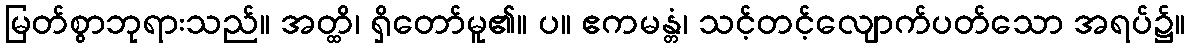
မြတ်စွာဘုရားသည်။ အတ္ထိ၊ ရှိတော်မူ၏။ ပ။ ဧကမန္တံ၊ သင့်တင့်လျောက်ပတ်သော အရပ်၌။